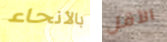
بالأنحاء الأقل